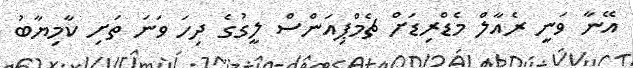
އޭނާ ވަނީ ރެއާލް މެޑްރިޑަށް ޗެމްޕިއަންސް ލީގުގެ ދިހަ ވަނަ ތަށި ކާމިޔާބު